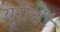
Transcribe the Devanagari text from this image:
युरोंची